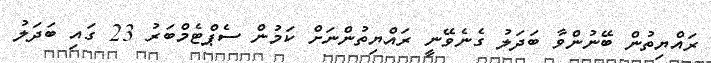
ރައްޔިތުން ބޭނުންވާ ބަދަލު ގެނެވޭނީ ރައްޔިތުންނަށް ކަމުން ސެޕްޓެމްބަރު 23 ގައި ބަދަލު